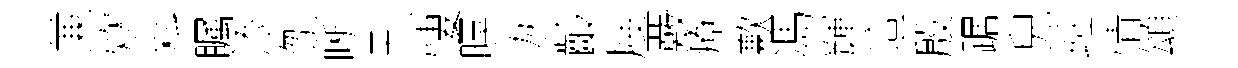
兼炊料瞩添刎晰刊悽暝灰齡屐覈療歉馮輝這殷踞兒班情頌